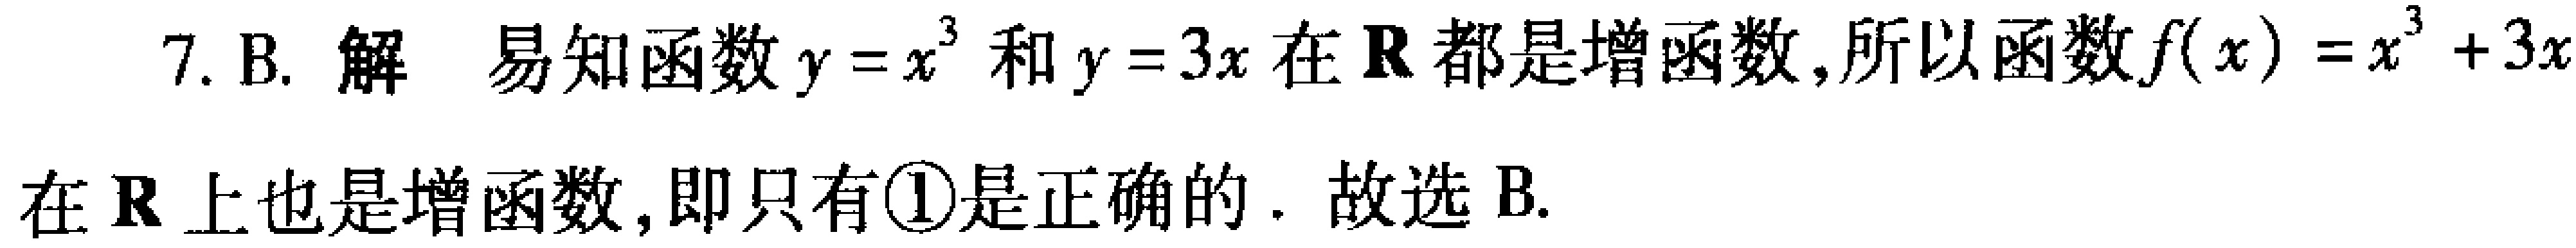
7. B. 解 易知函数\(y = x^{3}\)和\(y = 3x\)在\(\mathbf{R}\)都是增函数,所以函数\(f(x)=x^{3}+3x\)在\(\mathbf{R}\)上也是增函数,即只有\textcircled{1}是正确的. 故选 B.